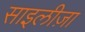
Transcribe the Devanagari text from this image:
साइलीज़ा